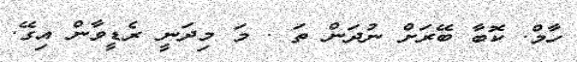
ހާމް. ކޮބާ ބޭރަށް ނުދަން ތަ . މަ މިދަނީ ރެޑީވާން އިގޭ.